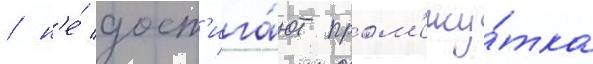
/ н'е́ дост'ига́ют пром'ежу́тка